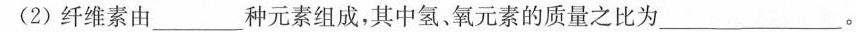
(2)纤维素由_种元素组成，其中氢。氧元素的质量之比为_。